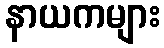
နာယကများ